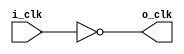
module clk_inv(
    i_clk,
    o_clk
);
input  wire i_clk;
output wire o_clk;


assign o_clk = !i_clk ;













endmodule